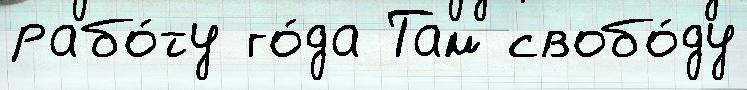
рабо́ту го́да Там свобо́ду